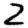
Digit: 2